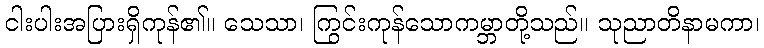
ငါးပါးအပြားရှိကုန်၏။ သေသာ၊ ကြွင်းကုန်သောကမ္ဘာတို့သည်။ သုညာတိနာမကာ၊